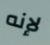
لإنه